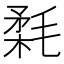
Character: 𣮪